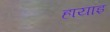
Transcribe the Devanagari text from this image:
हायाइ